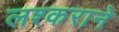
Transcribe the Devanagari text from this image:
लश्कराने